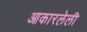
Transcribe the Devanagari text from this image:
आकारलेली